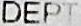
DEPT